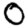
Digit: 0